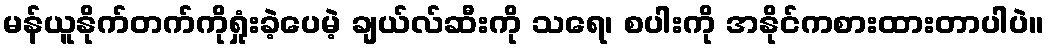
မန်ယူနိုက်တက်ကိုရှုံးခဲ့ပေမဲ့ ချယ်လ်ဆီးကို သရေ၊ စပါးကို အနိုင်ကစားထားတာပါပဲ။